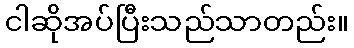
ငါဆိုအပ်ပြီးသည်သာတည်း။